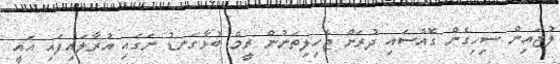
ލުޖައިން ސިހިގެން ގޮއްސައި ދުރަށް ޖެހިލިތަނުން ރީމް ބުޅާގަނޑު ނަގައި އުރާލައިފައި އައީ